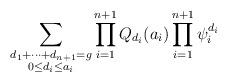
LaTeX: \begin{align*}\sum_{\substack{d_1+\dots+d_{n+1}=g\\0\leq d_i\leq a_i}} \prod_{i=1}^{n+1} Q_{d_i}(a_i) \prod_{i=1}^{n+1} \psi_i^{d_i}\end{align*}